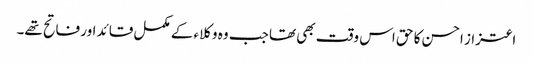
اعتزاز احسن کا حق اس وقت بھی تھا جب وہ وکلاء کے مکمل قائد اور فاتح تھے۔